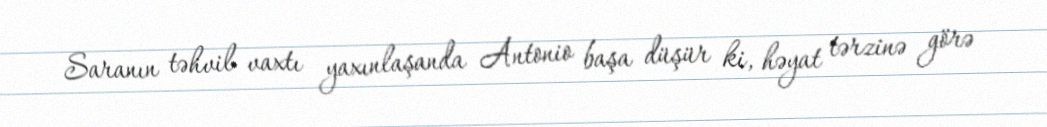
Saranın təhvil vaxtı yaxınlaşanda Antonio başa düşür ki, həyat tərzinə görə